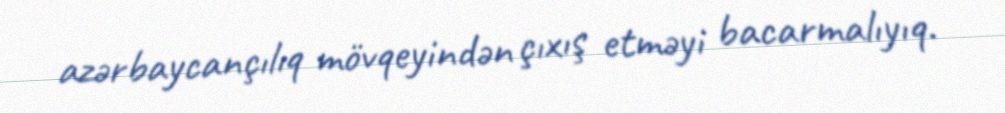
azərbaycançılıq mövqeyindən çıxış etməyi bacarmalıyıq.